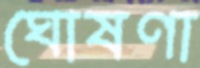
ঘোষণা